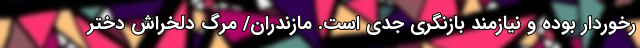
رخوردار بوده و نیازمند بازنگری جدی است. مازندران/ مرگ دلخراش دختر